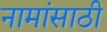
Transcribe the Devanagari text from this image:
नामांसाठी